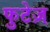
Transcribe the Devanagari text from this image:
फुटेज़